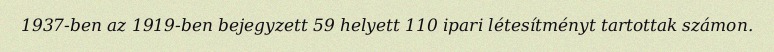
1937-ben az 1919-ben bejegyzett 59 helyett 110 ipari létesítményt tartottak számon.